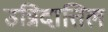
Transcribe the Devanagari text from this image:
उन्निदात्तिल